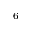
^ 6